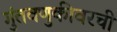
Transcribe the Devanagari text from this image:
गुंतवणुकीवरची